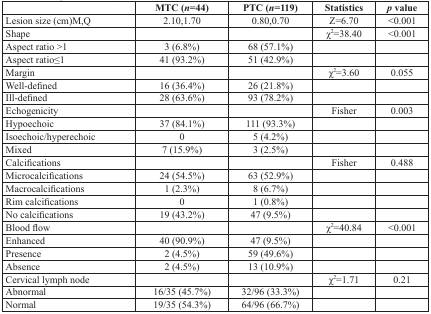
<table><thead><tr><td></td><td><b>MTC (<i>n</i> =44)</b></td><td><b>PTC (<i>n</i> =119)</b></td><td><b>Statistics</b></td><td><b><i>p</i> value</b></td></tr></thead><tbody><tr><td>Lesion size (cm)M,Q</td><td>2.10,1.70</td><td>0.80,0.70</td><td>Z=6.70</td><td>&lt;0.001</td></tr><tr><td>Shape</td><td></td><td></td><td>χ<sup>2</sup>=38.40</td><td>&lt;0.001</td></tr><tr><td>Aspect ratio &gt;1</td><td>3 (6.8%)</td><td>68 (57.1%)</td><td></td><td></td></tr><tr><td>Aspect ratio≤1</td><td>41 (93.2%)</td><td>51 (42.9%)</td><td></td><td></td></tr><tr><td>Margin</td><td></td><td></td><td>χ<sup>2</sup>=3.60</td><td>0.055</td></tr><tr><td>Well-defined</td><td>16 (36.4%)</td><td>26 (21.8%)</td><td></td><td></td></tr><tr><td>Ill-defined</td><td>28 (63.6%)</td><td>93 (78.2%)</td><td></td><td></td></tr><tr><td>Echogenicity</td><td></td><td></td><td>Fisher</td><td>0.003</td></tr><tr><td>Hypoechoic</td><td>37 (84.1%)</td><td>111 (93.3%)</td><td></td><td></td></tr><tr><td>Isoechoic/hyperechoic</td><td>0</td><td>5 (4.2%)</td><td></td><td></td></tr><tr><td>Mixed</td><td>7 (15.9%)</td><td>3 (2.5%)</td><td></td><td></td></tr><tr><td>Calcifications</td><td></td><td></td><td>Fisher</td><td>0.488</td></tr><tr><td>Microcalcifications</td><td>24 (54.5%)</td><td>63 (52.9%)</td><td></td><td></td></tr><tr><td>Macrocalcifications</td><td>1 (2.3%)</td><td>8 (6.7%)</td><td></td><td></td></tr><tr><td>Rim calcifications</td><td>0</td><td>1 (0.8%)</td><td></td><td></td></tr><tr><td>No calcifications</td><td>19 (43.2%)</td><td>47 (9.5%)</td><td></td><td></td></tr><tr><td>Blood flow</td><td></td><td></td><td>χ<sup>2</sup>=40.84</td><td>&lt;0.001</td></tr><tr><td>Enhanced</td><td>40 (90.9%)</td><td>47 (9.5%)</td><td></td><td></td></tr><tr><td>Presence</td><td>2 (4.5%)</td><td>59 (49.6%)</td><td></td><td></td></tr><tr><td>Absence</td><td>2 (4.5%)</td><td>13 (10.9%)</td><td></td><td></td></tr><tr><td>Cervical lymph node</td><td></td><td></td><td>χ<sup>2</sup>=1.71</td><td>0.21</td></tr><tr><td>Abnormal</td><td>16/35 (45.7%)</td><td>32/96 (33.3%)</td><td></td><td></td></tr><tr><td>Normal</td><td>19/35 (54.3%)</td><td>64/96 (66.7%)</td><td></td><td></td></tr></tbody></table>